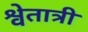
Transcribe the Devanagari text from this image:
श्वेतात्री